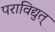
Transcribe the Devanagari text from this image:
पराविद्युत्